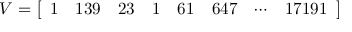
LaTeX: V = { \left[ \begin{array} { l l l l l l l l } { 1 } & { 1 3 9 } & { 2 3 } & { 1 } & { 6 1 } & { 6 4 7 } & { \cdots } & { 1 7 1 9 1 } \end{array} \right] }